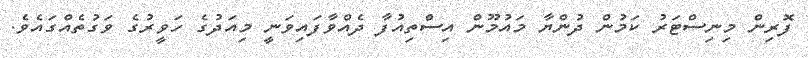
ފޮރިން މިނިސްޓަރު ކަމުން ދުންޔާ މައުމޫން އިސްތިއުފާ ދެއްވާފަައިވަނީ މިއަދުގެ ހަވީރުގެ ވަގުތެއްގައެވެ.